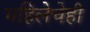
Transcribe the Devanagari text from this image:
महिलेचेही